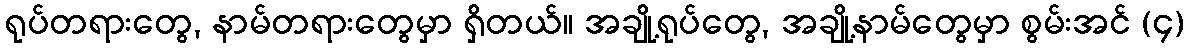
ရုပ်တရားတွေ, နာမ်တရားတွေမှာ ရှိတယ်။ အချို့ရုပ်တွေ, အချို့နာမ်တွေမှာ စွမ်းအင် (၄)